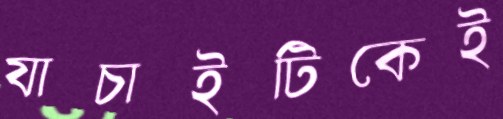
যাচাইটিকেই